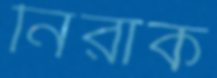
নিরাক